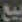
بيع